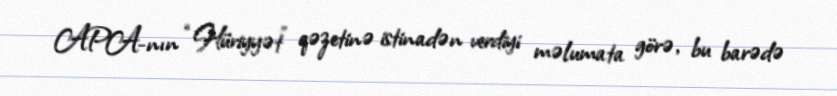
APA-nın “Hüriyyət” qəzetinə istinadən verdiyi məlumata görə, bu barədə